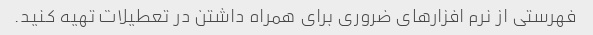
فهرستی از نرم افزارهای ضروری برای همراه داشتن در تعطیلات تهیه کنید.